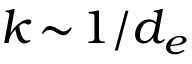
k \! \sim \! 1 / d _ { e }